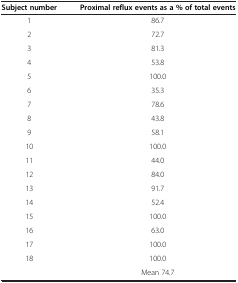
<table><thead><tr><td><b>Subject number</b></td><td><b>Proximal reflux events as a % of total events</b></td></tr></thead><tbody><tr><td>1</td><td>86.7</td></tr><tr><td>2</td><td>72.7</td></tr><tr><td>3</td><td>81.3</td></tr><tr><td>4</td><td>53.8</td></tr><tr><td>5</td><td>100.0</td></tr><tr><td>6</td><td>35.3</td></tr><tr><td>7</td><td>78.6</td></tr><tr><td>8</td><td>43.8</td></tr><tr><td>9</td><td>58.1</td></tr><tr><td>10</td><td>100.0</td></tr><tr><td>11</td><td>44.0</td></tr><tr><td>12</td><td>84.0</td></tr><tr><td>13</td><td>91.7</td></tr><tr><td>14</td><td>52.4</td></tr><tr><td>15</td><td>100.0</td></tr><tr><td>16</td><td>63.0</td></tr><tr><td>17</td><td>100.0</td></tr><tr><td>18</td><td>100.0</td></tr><tr><td> </td><td>Mean 74.7</td></tr></tbody></table>